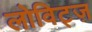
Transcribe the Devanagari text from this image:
लोविट्ज़